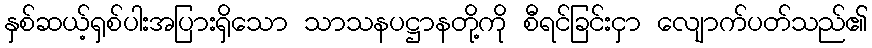
နှစ်ဆယ့်ရှစ်ပါးအပြားရှိသော သာသနပဋ္ဌာနတို့ကို စီရင်ခြင်းငှာ လျောက်ပတ်သည်၏